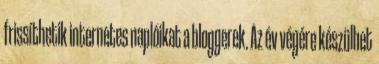
frissíthetik internetes naplóikat a bloggerek. Az év végére készülhet